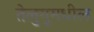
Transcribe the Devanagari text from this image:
तेलुगूमधील